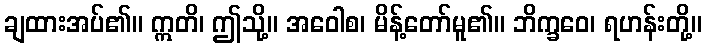
ချထားအပ်၏။ ဣတိ၊ ဤသို့။ အဝေါစ၊ မိန့်တော်မူ၏။ ဘိက္ခဝေ၊ ရဟန်းတို့။